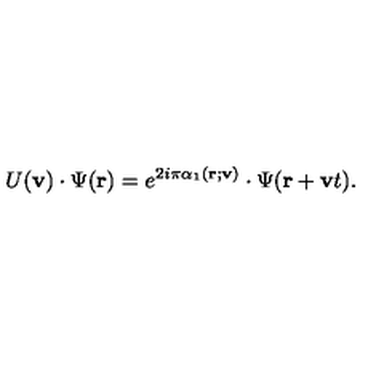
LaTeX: U ( { \bf v } ) \cdot \Psi ( { \bf r } ) = e ^ { 2 i \pi \alpha _ { 1 } ( { \bf r } ; { \bf v } ) } \cdot \Psi ( { \bf r } + { \bf v } t ) .